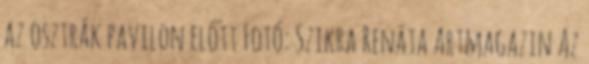
az osztrák pavilon előtt Fotó: Szikra Renáta Artmagazin Az